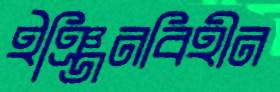
ইঞ্জিনবিহীন